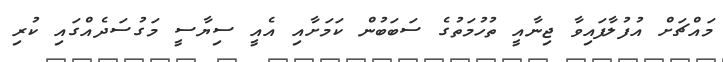
މައްޗަށް އުފުލާފައިވާ ޖިނާއީ ތުހުމަތުގެ ސަބަބުން ކަމަށާއި އެއީ ސިޔާސީ މަގުސަދެއްގައި ކުރި